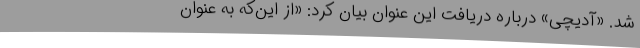
شد. «آدیچی» درباره دریافت این عنوان بیان کرد: «از این‌که به عنوان